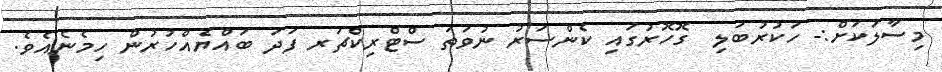
މިސާލަކަށް:- ހަކުރުބަލި  ގޮހޮރުގައި ކެންސަރު ނުވަތަ ސްޓްރިކްޗަރ ފަދަ ބައްޔެއްހުރުން ހިމެނެއެވެ.